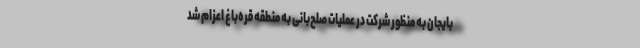
بایجان به منظور شرکت در عملیات صلح‌بانی به منطقه قره‌باغ اعزام شد